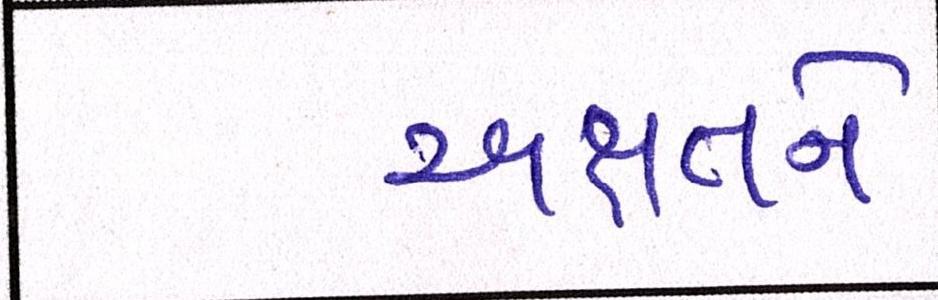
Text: અક્ષતને